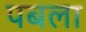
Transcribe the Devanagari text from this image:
पबला